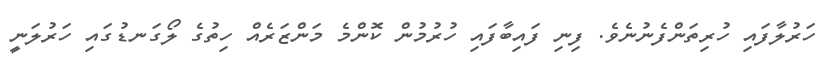
ހަރުލާފައި ހުރިތަންފެނުނެވެ. ފިނި ފައިބާފައި ހުރުމުން ކޮންމެ މަންޒަރެއް ހިތުގެ ލޯގަނޑުގައި ހަރުލަނީ